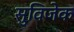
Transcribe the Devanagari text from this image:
सुविजेक